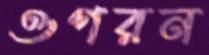
ওগরন